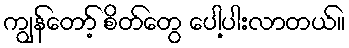
ကျွန်တော့် စိတ်တွေ ပေါ့ပါးလာတယ်။